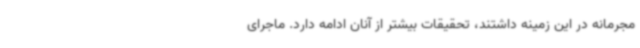
مجرمانه در این زمینه داشتند، تحقیقات بیشتر از آنان ادامه دارد. ماجرای